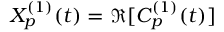
X _ { p } ^ { ( 1 ) } ( t ) = \Re [ C _ { p } ^ { ( 1 ) } ( t ) ]